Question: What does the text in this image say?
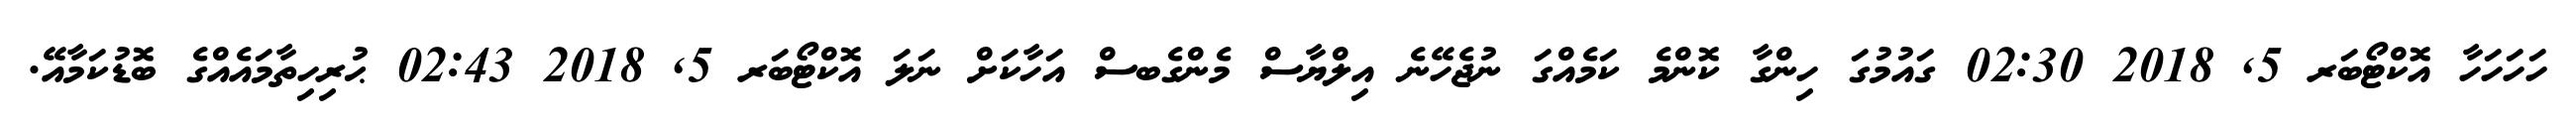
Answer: ހަހަހަހާ އޮކްޓޯބަރ 5, 2018 02:30 ގައުމުގަ ހިންގާ ކޮންމެ ކަމެއްގަ ނުޖެހޭނެ އިލްޔާސް މެންގެބސް އަހާކަށް ނަލަ އޮކްޓޯބަރ 5, 2018 02:43 ޙުރިހިތާމައެއްގެ ބޮޑުކަމާއޭ.